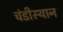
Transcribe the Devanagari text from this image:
चंडीस्थान